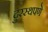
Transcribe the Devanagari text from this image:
दुरस्थपणे